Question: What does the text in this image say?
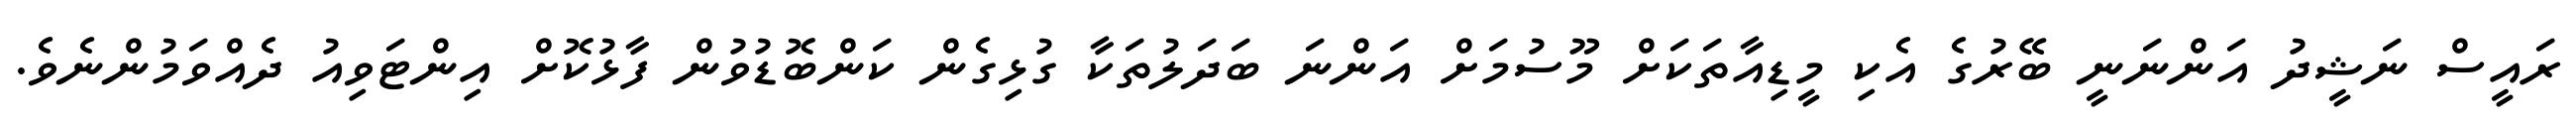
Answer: ރައީސް ނަޝީދު އަންނަނީ ބޭރުގެ އެކި މީޑިއާތަކަށް މޫސުމަށް އަންނަ ބަދަލުތަކާ ގުޅިގެން ކަންބޮޑުވުން ފާޅުކޮށް އިންޓަވިއު ދެއްވަމުންނެވެ.